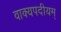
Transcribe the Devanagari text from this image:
वाक्यपदीयम्